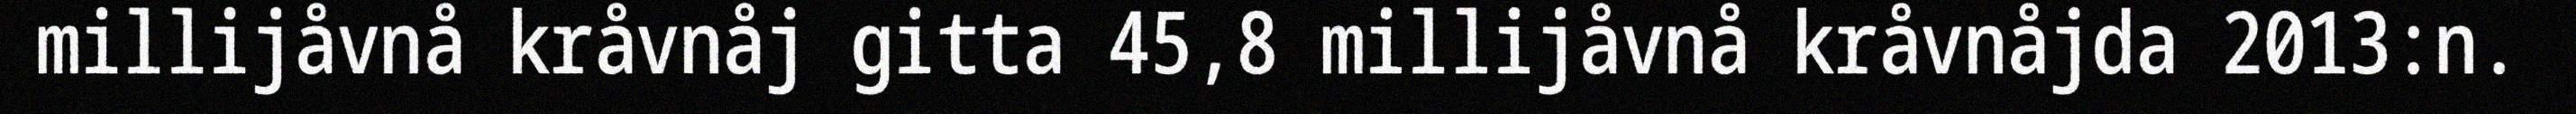
millijåvnå kråvnåj gitta 45,8 millijåvnå kråvnåjda 2013:n.